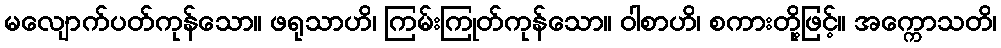
မလျောက်ပတ်ကုန်သော။ ဖရုသာဟိ၊ ကြမ်းကြုတ်ကုန်သော။ ဝါစာဟိ၊ စကားတို့ဖြင့်။ အက္ကောသတိ၊